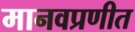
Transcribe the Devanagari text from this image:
मानवप्रणीत